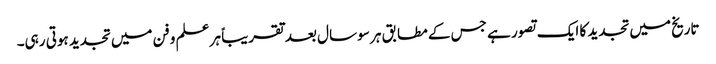
تاریخ میں تجدید کا ایک تصور ہے جس کے مطابق ہر سو سال بعد تقریباً ہر علم و فن میں تجدید ہوتی رہی۔